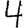
Digit: 4